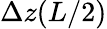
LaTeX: \Delta z(L/2)